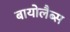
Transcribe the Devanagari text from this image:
बायोलैब्स